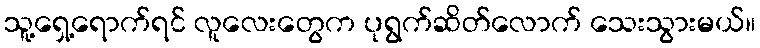
သူ့ရှေ့ရောက်ရင် လူလေးတွေက ပုရွက်ဆိတ်လောက် သေးသွားမယ်။